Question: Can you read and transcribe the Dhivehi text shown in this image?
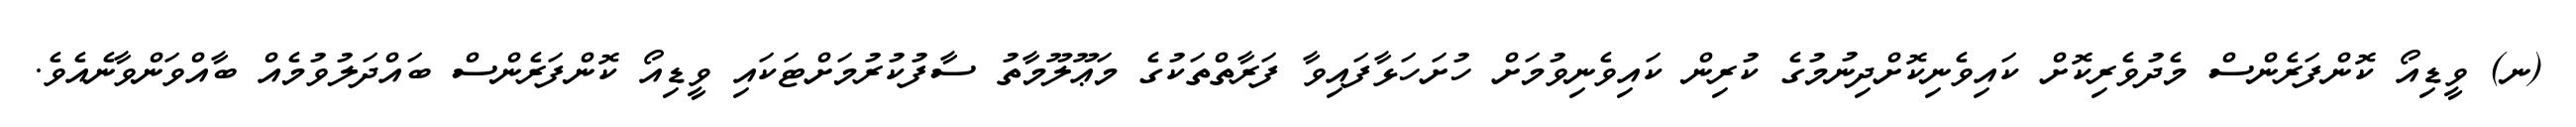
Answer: (ނ) ވީޑިއޯ ކޮންފަރެންސް މެދުވެރިކޮށް ކައިވެނިކޮށްދިނުމުގެ ކުރިން ކައިވެނިވުމަށް ހުށަހަޅާފައިވާ ފަރާތްތަކުގެ މަޢޫލޫމާތު ސާފުކުރުމަށްޓަކައި ވީޑިއޯ ކޮންފަރެންސް ބައްދަލުވުމެއް ބާއްވަންވާނެއެވެ.